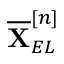
\overline { { \mathbf { X } } } _ { E L } ^ { [ n ] }